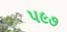
૫૯૭